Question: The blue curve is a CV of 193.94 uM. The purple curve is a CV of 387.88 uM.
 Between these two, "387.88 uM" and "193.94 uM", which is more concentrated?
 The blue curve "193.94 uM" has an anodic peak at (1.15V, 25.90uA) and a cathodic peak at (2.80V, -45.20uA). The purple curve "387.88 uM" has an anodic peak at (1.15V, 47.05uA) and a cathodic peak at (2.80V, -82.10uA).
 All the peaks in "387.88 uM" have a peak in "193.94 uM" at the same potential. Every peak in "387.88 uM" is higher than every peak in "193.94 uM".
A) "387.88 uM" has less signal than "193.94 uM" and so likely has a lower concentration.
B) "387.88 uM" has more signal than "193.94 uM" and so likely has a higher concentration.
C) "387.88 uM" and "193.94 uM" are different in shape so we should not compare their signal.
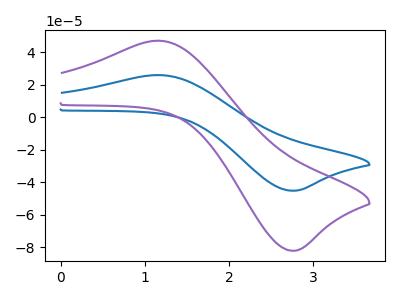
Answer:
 <answer>B) "387.88 uM" has more signal than "193.94 uM" and so likely has a higher concentration.</answer>
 <eval>B</eval>